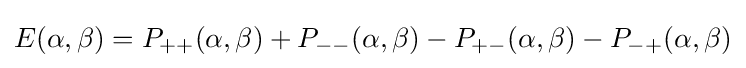
E(\alpha ,\beta )=P_{++}(\alpha ,\beta )+P_{--}(\alpha ,\beta )-P_{+-}(\alpha ,\beta )-P_{-+}(\alpha ,\beta )